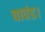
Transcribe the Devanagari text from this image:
चावंड।